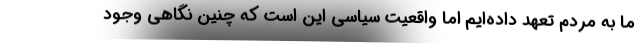
ما به مردم تعهد داده‌ایم اما واقعیت سیاسی این است که چنین نگاهی وجود